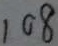
1 0 8